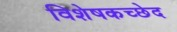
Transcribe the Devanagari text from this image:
विशेषकच्छेद